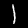
Label: 1